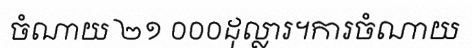
ចំណាយ ២១ ០០០ដុល្លារ។ការចំណាយ